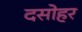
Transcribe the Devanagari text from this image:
दसोहर